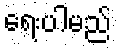
ရေးပါမည်